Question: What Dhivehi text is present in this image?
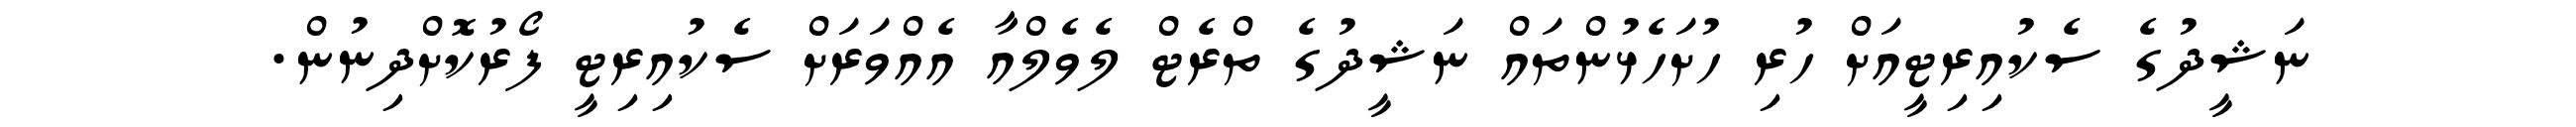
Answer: ނަޝީދުގެ ސެކުއިރިޓީއަށް ހުރި ހުށަހެޅުންތައް ނަޝީދުގެ ތްރެޓް ލެވެލްއާ އެއްވަރަށް ސެކުއިރިޓީ ފޯރުކޮށްދިނުން.